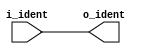
module ident(
	     input  i_ident,
	     output o_ident
	     );
   assign o_ident = i_ident;
endmodule